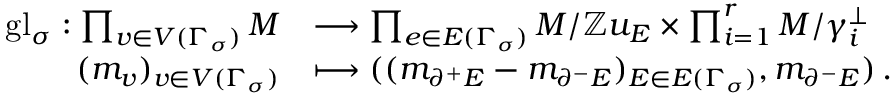
\begin{array} { r l } { \mathrm { g l } _ { \sigma } : \prod _ { v \in V ( \Gamma _ { \sigma } ) } M } & { \longrightarrow \prod _ { e \in E ( \Gamma _ { \sigma } ) } M / \mathbb { Z } u _ { E } \times \prod _ { i = 1 } ^ { r } M / \gamma _ { i } ^ { \perp } } \\ { ( m _ { v } ) _ { v \in V ( \Gamma _ { \sigma } ) } } & { \longmapsto ( ( m _ { \partial ^ { + } E } - m _ { \partial ^ { - } E } ) _ { E \in E ( \Gamma _ { \sigma } ) } , m _ { \partial ^ { - } E } ) \, . } \end{array}